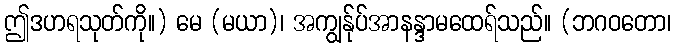
ဤဒဟရသုတ်ကို။) မေ (မယာ)၊ အကျွန်ုပ်အာနန္ဒာမထေရ်သည်။ (ဘဂဝတော၊